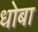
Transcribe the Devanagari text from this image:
धोबा